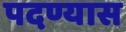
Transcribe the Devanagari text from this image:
पदण्यास